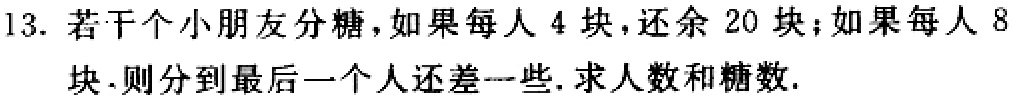
13. 若干个小朋友分糖，如果每人4块，还余20块；如果每人8块．则分到最后一个人还差一些. 求人数和糖数.